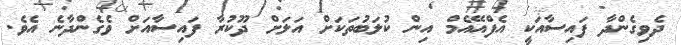
ދެވިގެންދާ ފައިސާއަކީ އެފްއޭއެމް އިން ކުލަބުތަކަށް އަލަށް ދޫކުރާ ފައިސާއަށް ވެގެންދާނެ އެވެ.